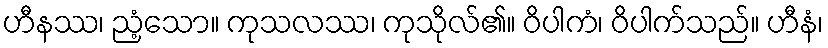
ဟီနဿ၊ ညံ့သော။ ကုသလဿ၊ ကုသိုလ်၏။ ဝိပါကံ၊ ဝိပါက်သည်။ ဟီနံ၊